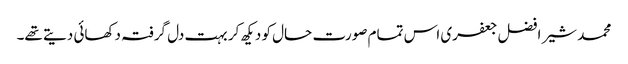
محمد شیر افضل جعفری اس تمام صورت حال کو دیکھ کر بہت دل گرفتہ دکھائی دیتے تھے۔